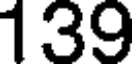
139